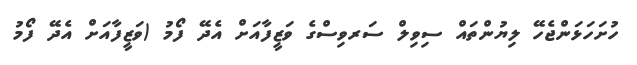
ހުށަހަޅަންޖެހޭ ލިޔުންތައް ސިވިލް ސަރވިސްގެ ވަޒީފާއަށް އެދޭ ފޯމު (ވަޒީފާއަށް އެދޭ ފޯމު